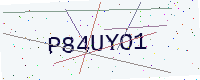
Text: P84UYO1